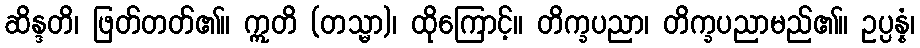
ဆိန္ဒတိ၊ ဖြတ်တတ်၏။ ဣတိ (တသ္မာ)၊ ထိုကြောင့်။ တိက္ခပညာ၊ တိက္ခပညာမည်၏။ ဥပ္ပန္နံ၊